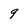
Character: 9